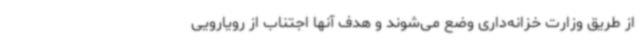
از طریق وزارت خزانه‌داری وضع می‌شوند و هدف آنها اجتناب از رویارویی